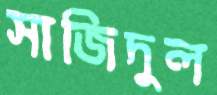
সাজিদুল